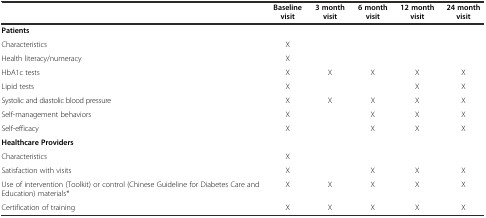
<table><thead><tr><td></td><td><b>Baseline visit</b></td><td><b>3 month visit</b></td><td><b>6 month visit</b></td><td><b>12 month visit</b></td><td><b>24 month visit</b></td></tr></thead><tbody><tr><td><b>Patients</b></td><td></td><td></td><td></td><td></td><td></td></tr><tr><td>Characteristics</td><td>X</td><td></td><td></td><td></td><td></td></tr><tr><td>Health literacy/numeracy</td><td>X</td><td></td><td></td><td></td><td></td></tr><tr><td>HbA1c tests</td><td>X</td><td>X</td><td>X</td><td>X</td><td>X</td></tr><tr><td>Lipid tests</td><td>X</td><td></td><td></td><td>X</td><td>X</td></tr><tr><td>Systolic and diastolic blood pressure</td><td>X</td><td>X</td><td>X</td><td>X</td><td>X</td></tr><tr><td>Self-management behaviors</td><td>X</td><td></td><td>X</td><td>X</td><td>X</td></tr><tr><td>Self-efficacy</td><td>X</td><td></td><td>X</td><td>X</td><td>X</td></tr><tr><td><b>Healthcare Providers</b></td><td></td><td></td><td></td><td></td><td></td></tr><tr><td>Characteristics</td><td>X</td><td></td><td></td><td></td><td></td></tr><tr><td>Satisfaction with visits</td><td>X</td><td></td><td>X</td><td>X</td><td>X</td></tr><tr><td>Use of intervention (Toolkit) or control (Chinese Guideline for Diabetes Care and Education) materials*</td><td>X</td><td>X</td><td>X</td><td>X</td><td>X</td></tr><tr><td>Certification of training</td><td>X</td><td>X</td><td>X</td><td>X</td><td>X</td></tr></tbody></table>